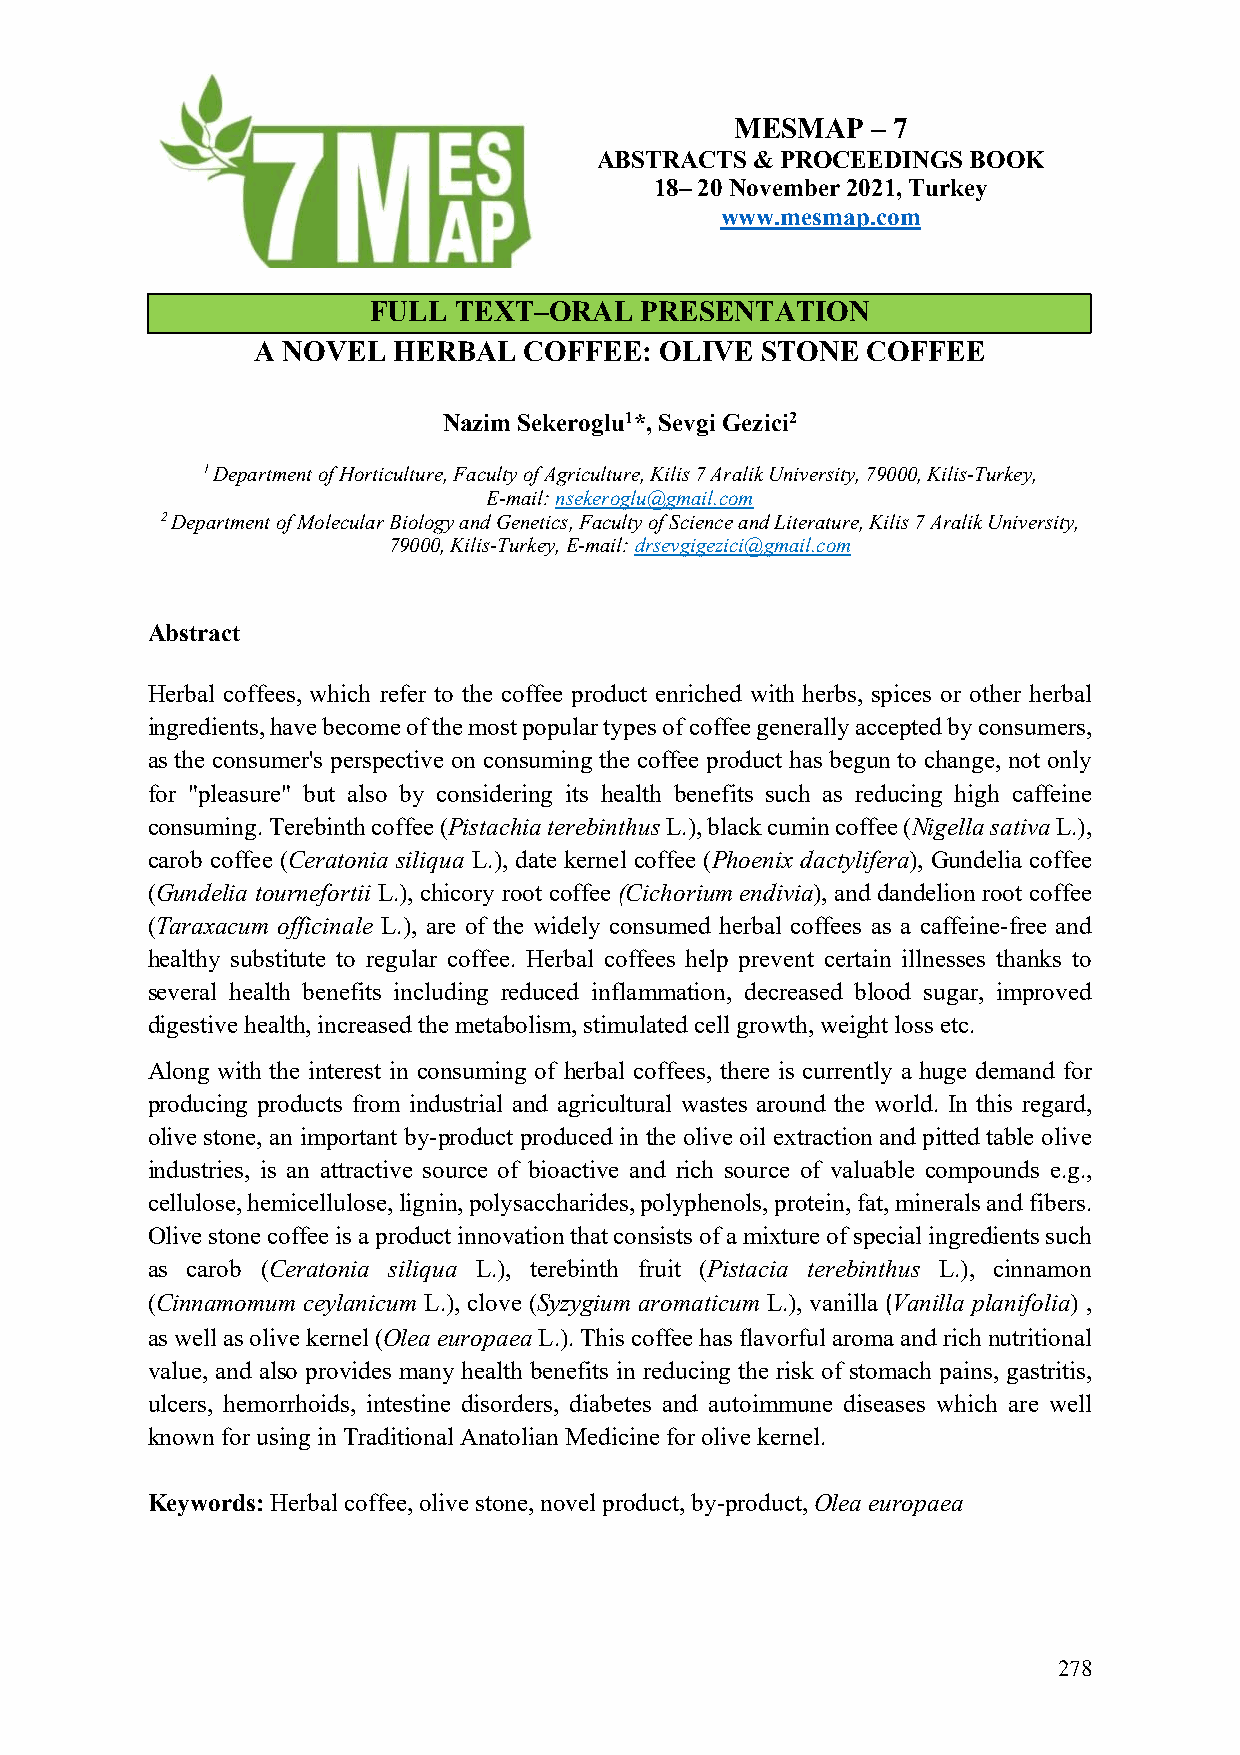
MESMAP   – 7
 ABSTRACTS  & PROCEEDINGS BOOK
 18– 20 November 2021, Turkey
 www.mesmap.com
 FULL  TEXT–ORAL   PRESENTATION
 A NOVEL  HERBAL   COFFEE:  OLIVE STONE  COFFEE
 Nazim Sekeroglu1*, Sevgi Gezici2
 1 Department of Horticulture, Faculty of Agriculture, Kilis 7 Aralik University, 79000, Kilis-Turkey,
 E-mail: nsekeroglu@gmail.com
 2 Department of Molecular Biology and Genetics, Faculty of Science and Literature, Kilis 7 Aralik University,
 79000, Kilis-Turkey, E-mail: drsevgigezici@gmail.com
 Abstract
 Herbal coffees, which refer to the coffee product enriched with herbs, spices or other herbal
 ingredients, have become of the most popular types of coffee generally accepted by consumers,
 as the consumer's perspective on consuming the coffee product has begun to change, not only
 for "pleasure" but also by considering its health benefits such as reducing high caffeine
 consuming. Terebinth coffee (Pistachia terebinthus L.), black cumin coffee (Nigella sativa L.),
 carob coffee (Ceratonia siliqua L.), date kernel coffee (Phoenix dactylifera), Gundelia coffee
 (Gundelia tournefortii L.), chicory root coffee (Cichorium endivia), and dandelion root coffee
 (Taraxacum officinale L.), are of the widely consumed herbal coffees as a caffeine-free and
 healthy substitute to regular coffee. Herbal coffees help prevent certain illnesses thanks to
 several health benefits including reduced inflammation, decreased blood sugar, improved
 digestive health, increased the metabolism, stimulated cell growth, weight loss etc.
 Along with the interest in consuming of herbal coffees, there is currently a huge demand for
 producing products from industrial and agricultural wastes around the world. In this regard,
 olive stone, an important by-product produced in the olive oil extraction and pitted table olive
 industries, is an attractive source of bioactive and rich source of valuable compounds e.g.,
 cellulose, hemicellulose, lignin, polysaccharides, polyphenols, protein, fat, minerals and fibers.
 Olive stone coffee is a product innovation that consists of a mixture of special ingredients such
 as carob (Ceratonia siliqua L.), terebinth fruit (Pistacia terebinthus L.), cinnamon
 (Cinnamomum ceylanicum L.), clove (Syzygium aromaticum L.), vanilla (Vanilla planifolia) ,
 as well as olive kernel (Olea europaea L.). This coffee has flavorful aroma and rich nutritional
 value, and also provides many health benefits in reducing the risk of stomach pains, gastritis,
 ulcers, hemorrhoids, intestine disorders, diabetes and autoimmune diseases which are well
 known for using in Traditional Anatolian Medicine for olive kernel.
 Keywords: Herbal coffee, olive stone, novel product, by-product, Olea europaea
 278